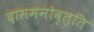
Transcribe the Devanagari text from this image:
दासमनोवृत्ति